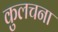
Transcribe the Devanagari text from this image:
कुलचना